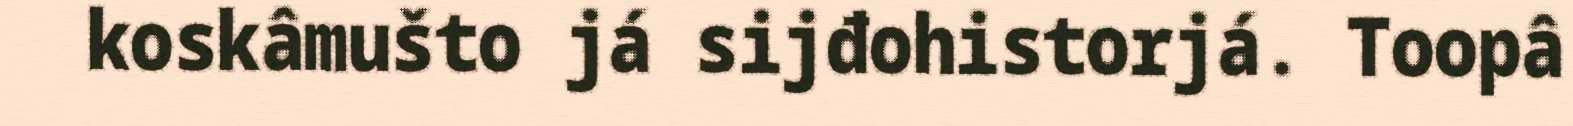
koskâmušto já sijđohistorjá. Toopâ